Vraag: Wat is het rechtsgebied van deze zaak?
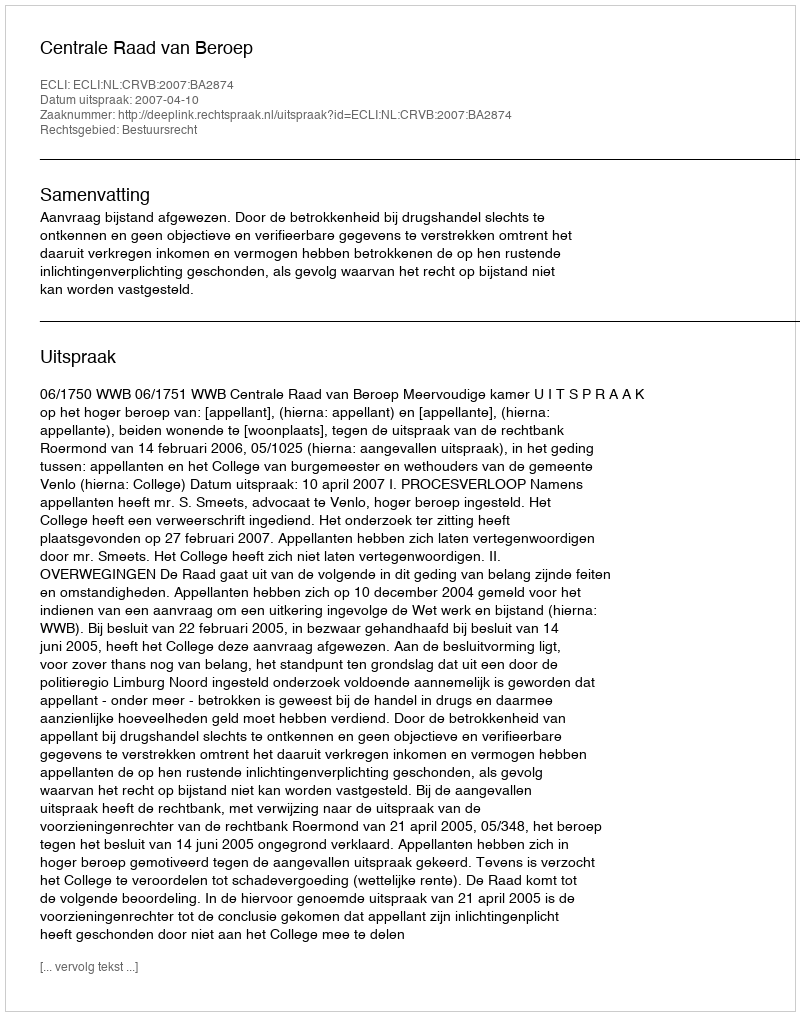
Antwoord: Bestuursrecht